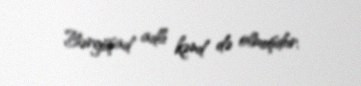
Bərgüşad adlı kənd də olmuşdur.